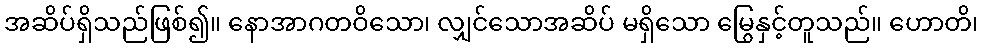
အဆိပ်ရှိသည်ဖြစ်၍။ နောအာဂတဝိသော၊ လျှင်သောအဆိပ် မရှိသော မြွေနှင့်တူသည်။ ဟောတိ၊